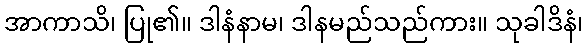
အာကာသိ၊ ပြု၏။ ဒါနံနာမ၊ ဒါနမည်သည်ကား။ သုခါဒိနံ၊